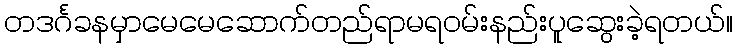
တဒင်္ဂခနမှာမေမေဆောက်တည်ရာမရဝမ်းနည်းပူဆွေးခဲ့ရတယ်။